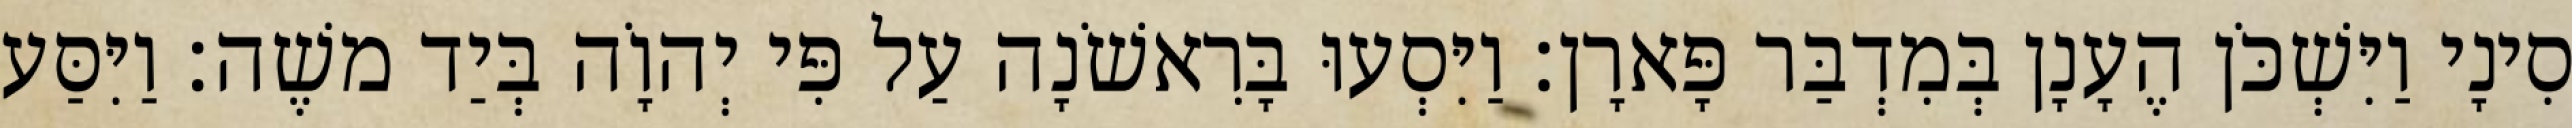
סִינָי וַיִּשְׁכֹּן הֶעָנָן בְּמִדְבַּר פָּארָן׃ וַיִּסְעוּ בָּרִאשֹׁנָה עַל פִּי יְהוָֹה בְּיַד משֶׁה׃ וַיִּסַּע